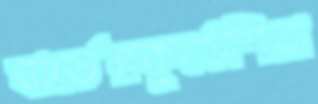
বার্ডেরকুণ্ঠেশিরা